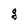
Character: g